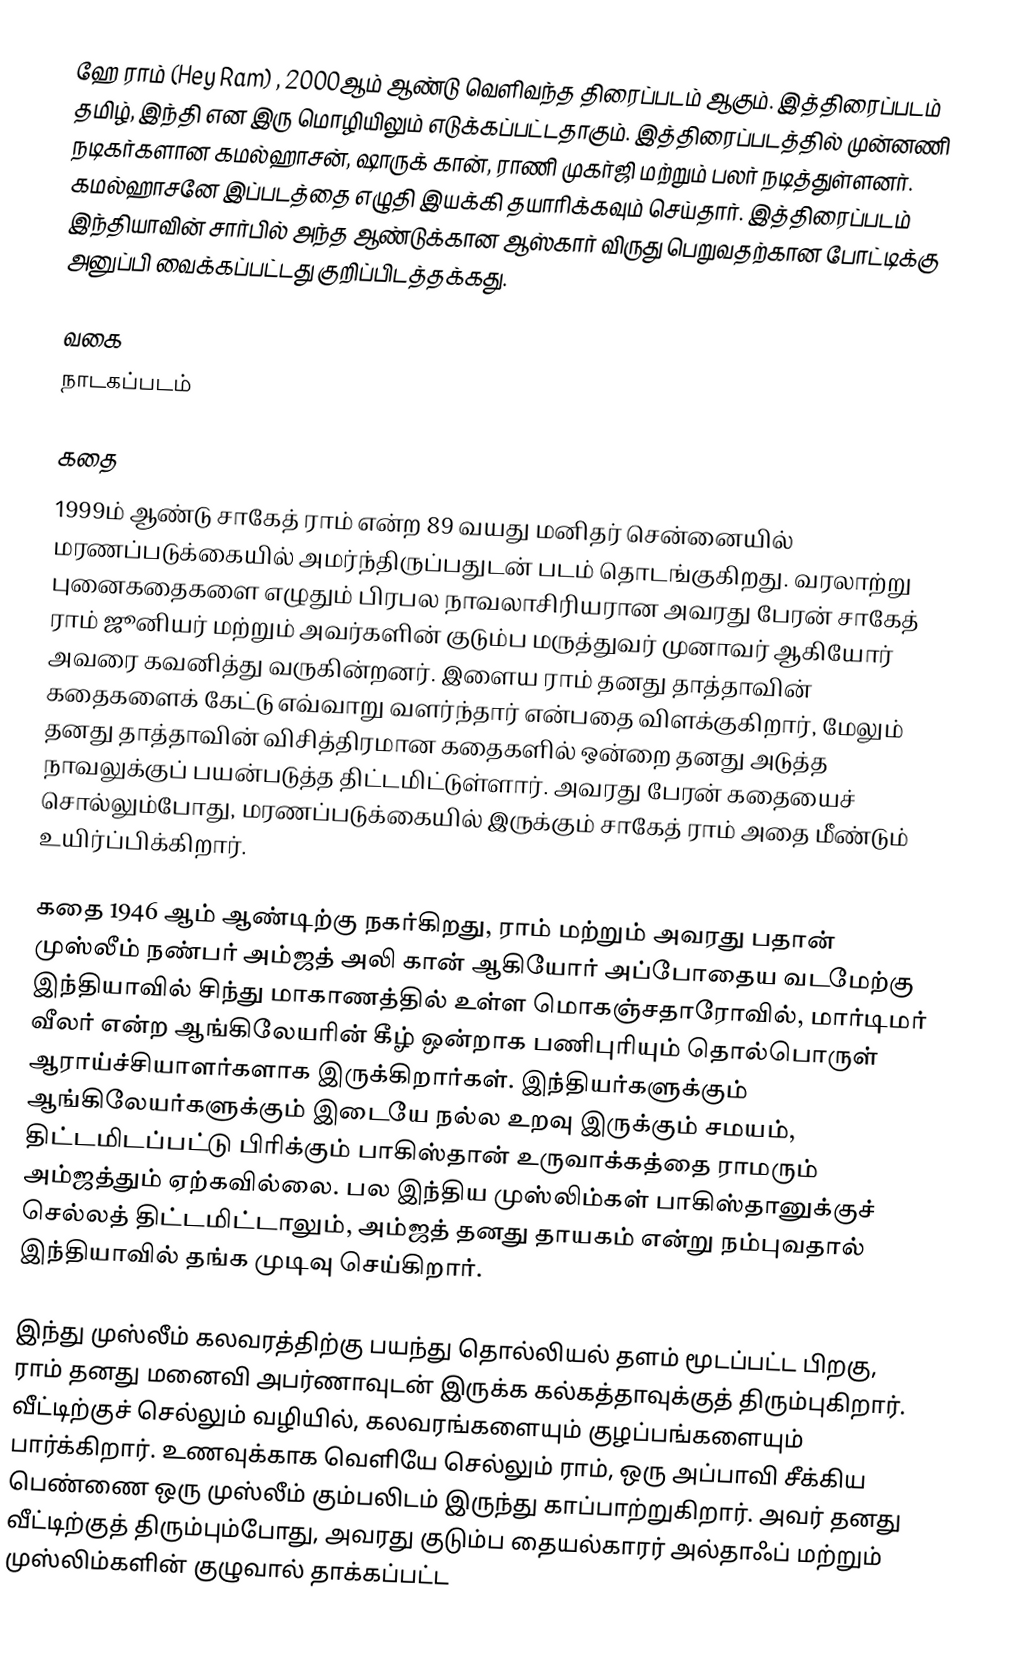
ஹே ராம் (Hey Ram) , 2000ஆம் ஆண்டு வெளிவந்த திரைப்படம் ஆகும். இத்திரைப்படம் தமிழ், இந்தி என இரு மொழியிலும் எடுக்கப்பட்டதாகும். இத்திரைப்படத்தில் முன்னணி நடிகர்களான கமல்ஹாசன், ஷாருக் கான், ராணி முகர்ஜி மற்றும் பலர் நடித்துள்ளனர். கமல்ஹாசனே இப்படத்தை எழுதி இயக்கி தயாரிக்கவும் செய்தார். இத்திரைப்படம் இந்தியாவின் சார்பில் அந்த ஆண்டுக்கான ஆஸ்கார் விருது பெறுவதற்கான போட்டிக்கு அனுப்பி வைக்கப்பட்டது குறிப்பிடத்தக்கது.

வகை
நாடகப்படம்

கதை
1999ம் ஆண்டு சாகேத் ராம் என்ற 89 வயது மனிதர் சென்னையில் மரணப்படுக்கையில் அமர்ந்திருப்பதுடன் படம் தொடங்குகிறது. வரலாற்று புனைகதைகளை எழுதும் பிரபல நாவலாசிரியரான அவரது பேரன் சாகேத் ராம் ஜூனியர் மற்றும் அவர்களின் குடும்ப மருத்துவர் முனாவர் ஆகியோர் அவரை கவனித்து வருகின்றனர். இளைய ராம் தனது தாத்தாவின் கதைகளைக் கேட்டு எவ்வாறு வளர்ந்தார் என்பதை விளக்குகிறார், மேலும் தனது தாத்தாவின் விசித்திரமான கதைகளில் ஒன்றை தனது அடுத்த நாவலுக்குப் பயன்படுத்த திட்டமிட்டுள்ளார். அவரது பேரன் கதையைச் சொல்லும்போது, மரணப்படுக்கையில் இருக்கும் சாகேத் ராம் அதை மீண்டும் உயிர்ப்பிக்கிறார்.

கதை 1946 ஆம் ஆண்டிற்கு நகர்கிறது, ராம் மற்றும் அவரது பதான்  முஸ்லீம் நண்பர் அம்ஜத் அலி கான் ஆகியோர் அப்போதைய வடமேற்கு இந்தியாவில் சிந்து மாகாணத்தில் உள்ள மொகஞ்சதாரோவில், மார்டிமர் வீலர் என்ற ஆங்கிலேயரின் கீழ் ஒன்றாக பணிபுரியும் தொல்பொருள் ஆராய்ச்சியாளர்களாக இருக்கிறார்கள். இந்தியர்களுக்கும் ஆங்கிலேயர்களுக்கும் இடையே நல்ல உறவு இருக்கும் சமயம், திட்டமிடப்பட்டு பிரிக்கும் பாகிஸ்தான் உருவாக்கத்தை ராமரும் அம்ஜத்தும் ஏற்கவில்லை. பல இந்திய முஸ்லிம்கள் பாகிஸ்தானுக்குச் செல்லத் திட்டமிட்டாலும், அம்ஜத் தனது தாயகம் என்று நம்புவதால் இந்தியாவில் தங்க முடிவு செய்கிறார்.

இந்து முஸ்லீம் கலவரத்திற்கு பயந்து தொல்லியல் தளம் மூடப்பட்ட பிறகு, ராம் தனது மனைவி அபர்ணாவுடன் இருக்க கல்கத்தாவுக்குத் திரும்புகிறார். வீட்டிற்குச் செல்லும் வழியில், கலவரங்களையும் குழப்பங்களையும் பார்க்கிறார். உணவுக்காக வெளியே செல்லும் ராம், ஒரு அப்பாவி சீக்கிய பெண்ணை ஒரு முஸ்லீம் கும்பலிடம் இருந்து காப்பாற்றுகிறார். அவர் தனது வீட்டிற்குத் திரும்பும்போது, அவரது குடும்ப தையல்காரர் அல்தாஃப் மற்றும் முஸ்லிம்களின் குழுவால் தாக்கப்பட்ட